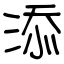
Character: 添